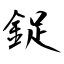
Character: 鋜